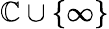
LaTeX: \mathbb{C}\cup\{ \infty\}